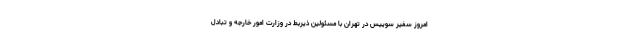
امروز سفیر سوییس در تهران با مسئولین ذیربط در وزارت امور خارجه و تبادل